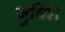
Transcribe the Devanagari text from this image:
जुविश